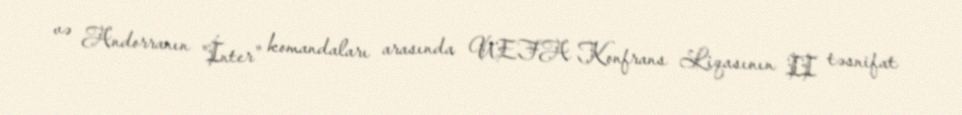
və Andorranın "İnter" komandaları arasında UEFA Konfrans Liqasının II təsnifat